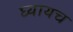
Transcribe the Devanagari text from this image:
घ्यायच